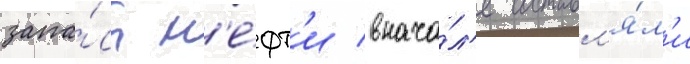
запа́сы н'е́фт'и внача́л'е составл'я́л'и